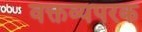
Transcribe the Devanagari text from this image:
वक्तव्यपरक